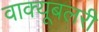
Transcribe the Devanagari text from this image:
वाक्यूबलरी